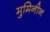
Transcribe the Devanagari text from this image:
मुमिनीन